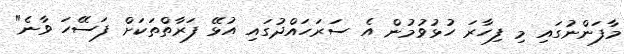
މާފަންނުގައި މި ފިހާރަ ހުޅުވުމުން އެ ސަރަހައްދުގައި އުޅޭ ފަރާތްތަކަށް ފަސޭހަ ވާނެ"